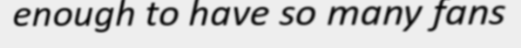
enough to have so many fans